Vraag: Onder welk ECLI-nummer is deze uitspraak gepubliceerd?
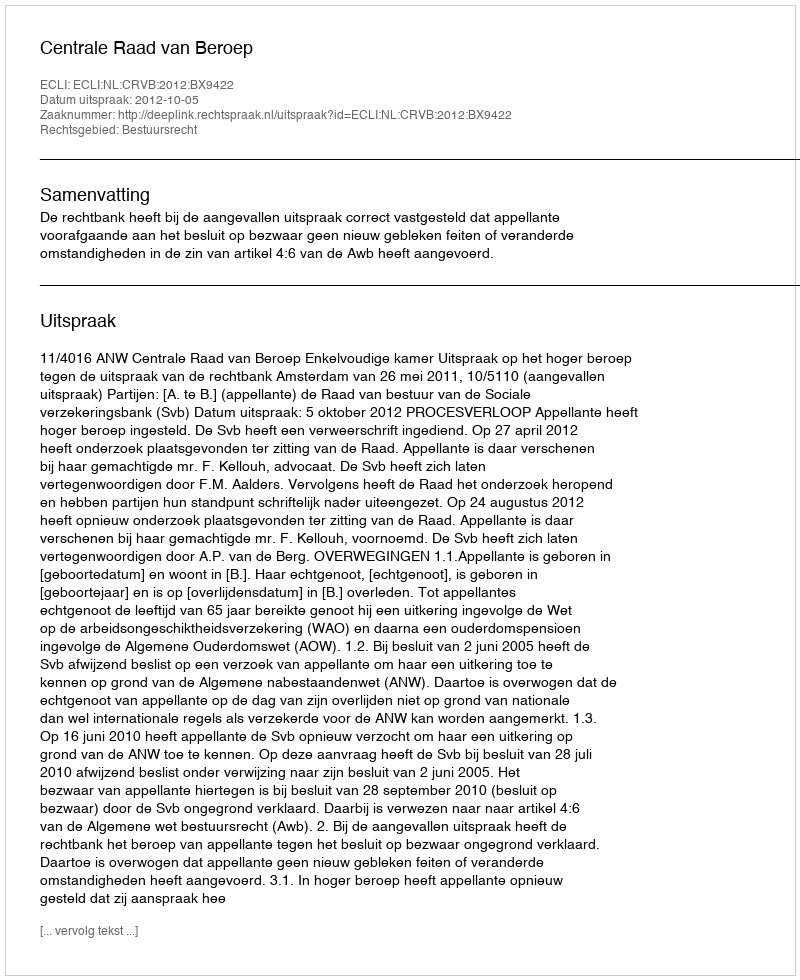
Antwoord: ECLI:NL:CRVB:2012:BX9422